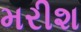
મરીશ